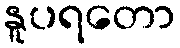
နူပရတော